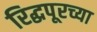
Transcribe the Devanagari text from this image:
रिद्धपूरच्या